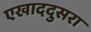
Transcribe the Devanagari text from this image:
एखाददुसरा